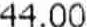
44.00